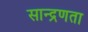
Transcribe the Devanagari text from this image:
सान्द्रणता